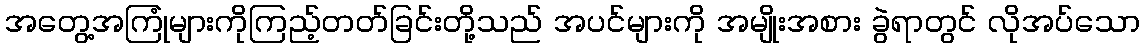
အတွေ့အကြုံများကိုကြည့်တတ်ခြင်းတို့သည် အပင်များကို အမျိုးအစား ခွဲရာတွင် လိုအပ်သော